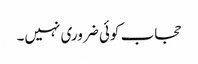
حجاب کوئی ضروری نہیں۔